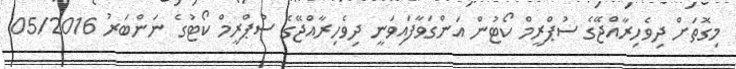
މިގޮތަށް ދިވެހިރާއްޖޭގެ ސުޕްރީމް ކޯޓުން އަންގަވާފައިވަނީ ދިވެހިރާއްޖޭގެ ސުޕްރީމް ކޯޓުގެ ނަންބަރު 05/2016